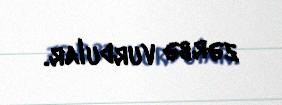
zərbə vurdular.